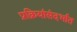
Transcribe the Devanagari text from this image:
प्रक्रियांसंदर्भात